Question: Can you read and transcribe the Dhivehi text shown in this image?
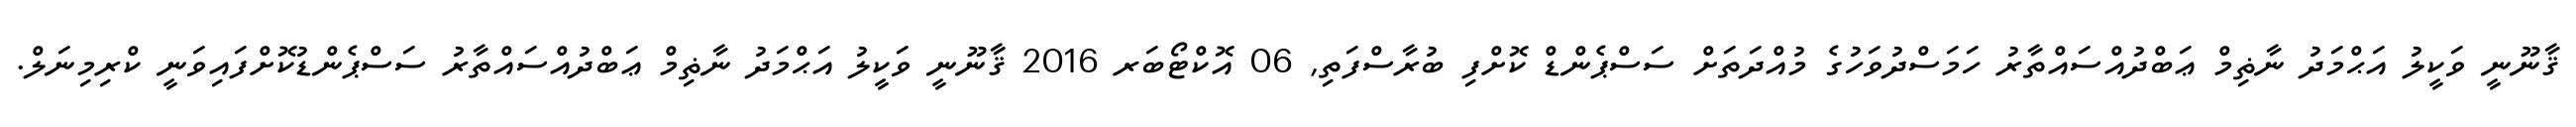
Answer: ޤާނޫނީ ވަކީލު އަޙްމަދު ނާޡިމް ޢަބްދުއްސައްތާރު ހަމަސްދުވަހުގެ މުއްދަތަށް ސަސްޕެންޑް ކޮށްފި ބުރާސްފަތި, 06 އޮކްޓޯބަރ 2016 ޤާނޫނީ ވަކީލު އަޙްމަދު ނާޡިމް ޢަބްދުއްސައްތާރު ސަސްޕެންޑުކޮށްފައިވަނީ ކްރިމިނަލް.